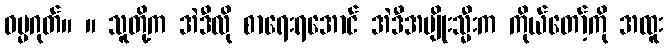
ဓမ္မဂုတ်။ ။ သူတို့က အဲဒီလို စာရေးရအောင် အဲဒီအမျိုးသ္မီးက ကိုယ်တော့်ကို အထူး